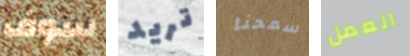
سوف تريد سمحنا العمل